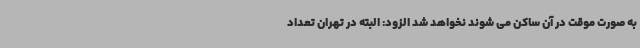
به صورت موقت در آن ساکن می شوند نخواهد شد الزود: البته در تهران تعداد